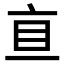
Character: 𰥐